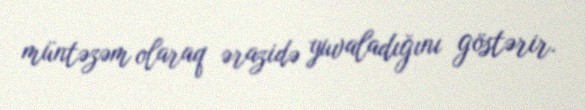
müntəzəm olaraq ərazidə yuvaladığını göstərir.